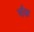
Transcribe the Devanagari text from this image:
षौक